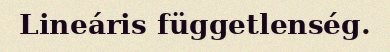
Lineáris függetlenség.